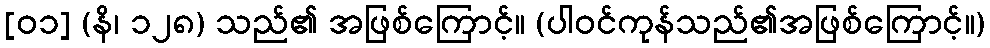
[၀၁] (နိ၊ ၁၂၈) သည်၏ အဖြစ်ကြောင့်။ (ပါဝင်ကုန်သည်၏အဖြစ်ကြောင့်။)